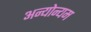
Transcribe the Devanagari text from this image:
अन्योन्यम